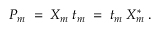
P _ { m } \; = \; X _ { m } \: t _ { m } \; = \; t _ { m } \: X _ { m } ^ { * } \; .